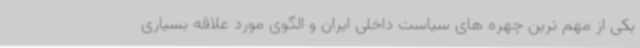
یکی از مهم ترین چهره های سیاست داخلی ایران و الگوی مورد علاقه بسیاری